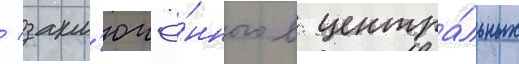
/ закл'ючё́нного в центра́льных